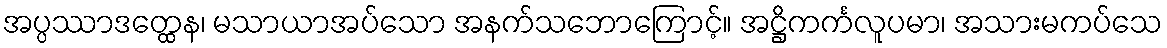
အပ္ပဿာဒတ္ထေန၊ မသာယာအပ်သော အနက်သဘောကြောင့်။ အဋ္ဌိကင်္ကလူပမာ၊ အသားမကပ်သေ